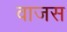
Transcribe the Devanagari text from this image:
वाजस